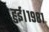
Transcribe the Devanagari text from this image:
हुई।१९८१